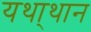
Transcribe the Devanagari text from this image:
यथा्थान